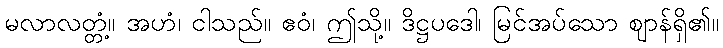
မလာလတ္တံ့။ အဟံ၊ ငါသည်။ ဧဝံ၊ ဤသို့။ ဒိဋ္ဌပဒေါ၊ မြင်အပ်သော ဈာန်ရှိ၏။